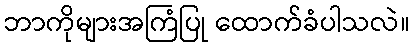
ဘာကိုများအကြံပြု ထောက်ခံပါသလဲ။